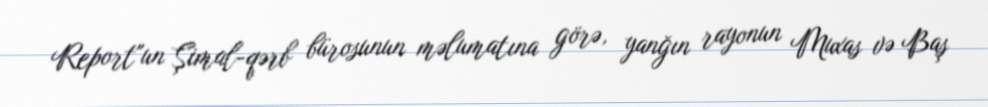
Report"un Şimal-qərb bürosunun məlumatına görə, yanğın rayonun Muxas və Baş